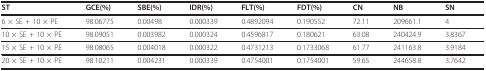
<table><thead><tr><td><b>ST</b></td><td><b>GCE(%)</b></td><td><b>SBE(%)</b></td><td><b>IDR(%)</b></td><td><b>FLT(%)</b></td><td><b>FDT(%)</b></td><td><b>CN</b></td><td><b>NB</b></td><td><b>SN</b></td></tr></thead><tbody><tr><td>6 × SE + 10 × PE</td><td>98.06775</td><td>0.00498</td><td>0.000339</td><td>0.4892094</td><td>0.190552</td><td>72.11</td><td>209661.1</td><td>4</td></tr><tr><td>10 × SE + 10 × PE</td><td>98.09051</td><td>0.003982</td><td>0.000324</td><td>0.4596817</td><td>0.180621</td><td>63.08</td><td>240424.9</td><td>3.8367</td></tr><tr><td>15 × SE + 10 × PE</td><td>98.08065</td><td>0.004018</td><td>0.000322</td><td>0.4731213</td><td>0.1733068</td><td>61.77</td><td>241163.8</td><td>3.9184</td></tr><tr><td>20 × SE + 10 × PE</td><td>98.10211</td><td>0.004231</td><td>0.000339</td><td>0.4754001</td><td>0.1754001</td><td>59.65</td><td>244658.8</td><td>3.7642</td></tr></tbody></table>